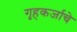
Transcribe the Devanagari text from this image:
गृहकर्जाचे